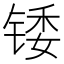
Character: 𬭗